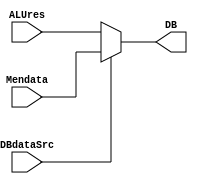
module choose_regdata(DBdataSrc,ALUres,Mendata,DB);
    input DBdataSrc;
    input [31:0] ALUres;
    input [31:0] Mendata;
    output [31:0] DB;
    
    always@(DBdataSrc or ALUres or Mendata) begin
            if(DBdataSrc == 0)
                DB = ALUres;
            else
                DB = Mendata;
        end
endmodule